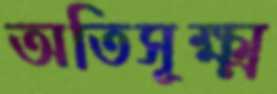
অতিসূক্ষ্ম